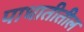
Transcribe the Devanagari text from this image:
पाधातीतील